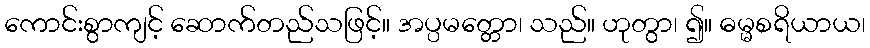
ကောင်းစွာကျင့် ဆောက်တည်သဖြင့်။ အပ္ပမတ္တော၊ သည်။ ဟုတွာ၊ ၍။ ဓမ္မစရိယာယ၊